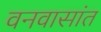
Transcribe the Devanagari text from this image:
वनवासांत